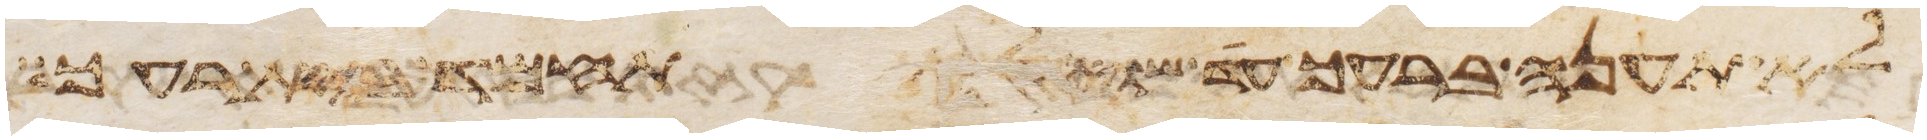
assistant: לא תענה ברעך עד שוא לא תחמד בית רעך